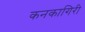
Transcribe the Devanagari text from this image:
कनकागिरी